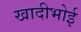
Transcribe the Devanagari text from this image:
खादीभोई